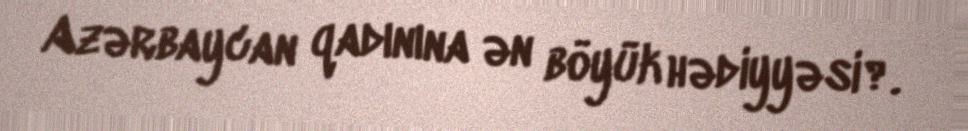
Azərbaycan qadınına ən böyük hədiyyəsi?.